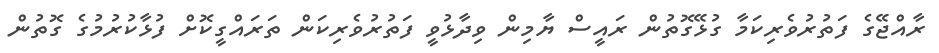
ރާއްޖޭގެ ފަތުރުވެރިކަމާ ގުޅޭގޮތުން ރައީސް ޔާމިން ވިދާޅުވީ ފަތުރުވެރިކަން ތަރައްގީކޮށް ފުޅާކުރުމުގެ ގޮތުން